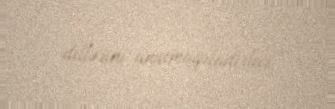
dillərini unutmaqdadırlar.